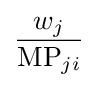
{\frac {w_{j}}{{\text{MP}}_{ji}}}